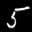
Label: 5